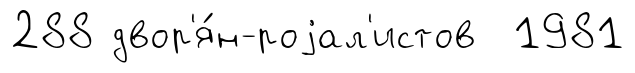
288 двор'я́н-роjал'истов 1981